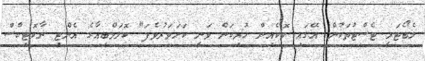
ލެބޯޓަރީ ޓެސްޓުތަކުން އޭގައި ކޮކެއިން ހުރިކަން ވަނީ ކަށަވަރުވެފަ" ކޮލަމްބިއާގެ އެންޓި ނާކޮޓިކްސް